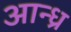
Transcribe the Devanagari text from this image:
आन्‍ध्र